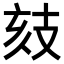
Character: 𢻉